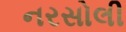
નરસોલી